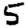
Digit: 5